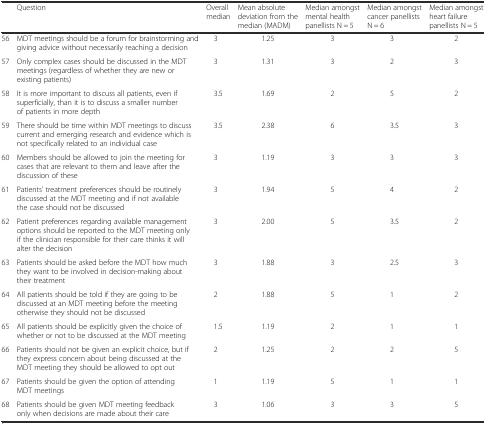
<table><thead><tr><td></td><td><b>Question</b></td><td><b>Overall median</b></td><td><b>Mean absolute deviation from the median (MADM)</b></td><td><b>Median amongst mental health panellists N = 5</b></td><td><b>Median amongst cancer panellists N = 6</b></td><td><b>Median amongst heart failure panellists N = 5</b></td></tr></thead><tbody><tr><td>56</td><td>MDT meetings should be a forum for brainstorming and giving advice without necessarily reaching a decision</td><td>3</td><td>1.25</td><td>3</td><td>3</td><td>2</td></tr><tr><td>57</td><td>Only complex cases should be discussed in the MDT meetings (regardless of whether they are new or existing patients)</td><td>3</td><td>1.31</td><td>3</td><td>2</td><td>3</td></tr><tr><td>58</td><td>It is more important to discuss all patients, even if superficially, than it is to discuss a smaller number of patients in more depth</td><td>3.5</td><td>1.69</td><td>2</td><td>5</td><td>2</td></tr><tr><td>59</td><td>There should be time within MDT meetings to discuss current and emerging research and evidence which is not specifically related to an individual case</td><td>3.5</td><td>2.38</td><td>6</td><td>3.5</td><td>3</td></tr><tr><td>60</td><td>Members should be allowed to join the meeting for cases that are relevant to them and leave after the discussion of these</td><td>3</td><td>1.19</td><td>3</td><td>3</td><td>3</td></tr><tr><td>61</td><td>Patients’ treatment preferences should be routinely discussed at the MDT meeting and if not available the case should not be discussed</td><td>3</td><td>1.94</td><td>5</td><td>4</td><td>2</td></tr><tr><td>62</td><td>Patient preferences regarding available management options should be reported to the MDT meeting only if the clinician responsible for their care thinks it will alter the decision</td><td>3</td><td>2.00</td><td>5</td><td>3.5</td><td>2</td></tr><tr><td>63</td><td>Patients should be asked before the MDT how much they want to be involved in decision-making about their treatment</td><td>3</td><td>1.88</td><td>3</td><td>2.5</td><td>3</td></tr><tr><td>64</td><td>All patients should be told if they are going to be discussed at an MDT meeting before the meeting otherwise they should not be discussed</td><td>2</td><td>1.88</td><td>5</td><td>1</td><td>2</td></tr><tr><td>65</td><td>All patients should be explicitly given the choice of whether or not to be discussed at the MDT meeting</td><td>1.5</td><td>1.19</td><td>2</td><td>1</td><td>1</td></tr><tr><td>66</td><td>Patients should not be given an explicit choice, but if they express concern about being discussed at the MDT meeting they should be allowed to opt out</td><td>2</td><td>1.25</td><td>2</td><td>2</td><td>5</td></tr><tr><td>67</td><td>Patients should be given the option of attending MDT meetings</td><td>1</td><td>1.19</td><td>5</td><td>1</td><td>1</td></tr><tr><td>68</td><td>Patients should be given MDT meeting feedback only when decisions are made about their care</td><td>3</td><td>1.06</td><td>3</td><td>3</td><td>5</td></tr></tbody></table>